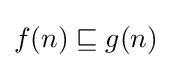
f(n)\sqsubseteq g(n)